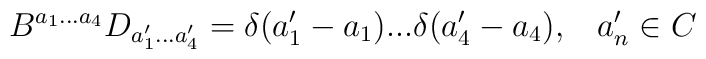
B^{a_1...a_4}D_{a'_1...a'_4}=\delta(a'_1-a_1)...\delta(a'_4-a_4),\;\;\;a'_n\in C